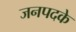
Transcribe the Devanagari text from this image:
जनपदके